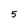
Character: 5